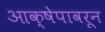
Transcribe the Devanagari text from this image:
आक्षेपावरून